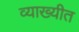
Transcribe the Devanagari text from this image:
व्याख्यीत